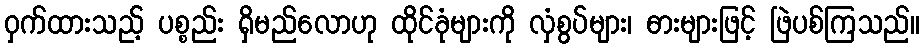
ဝှက်ထားသည့် ပစ္စည်း ရှိမည်လောဟု ထိုင်ခုံများကို လှံစွပ်များ၊ ဓားများဖြင့် ဖြဲပစ်ကြသည်။